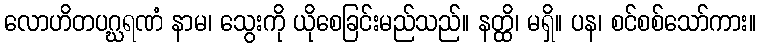
လောဟိတပဂ္ဃရဏံ နာမ၊ သွေးကို ယိုစေခြင်းမည်သည်။ နတ္ထိ၊ မရှိ။ ပန၊ စင်စစ်သော်ကား။